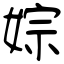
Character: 婃